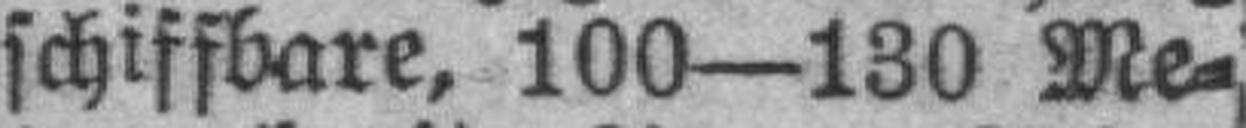
schiffbare, 100—130 Me¬